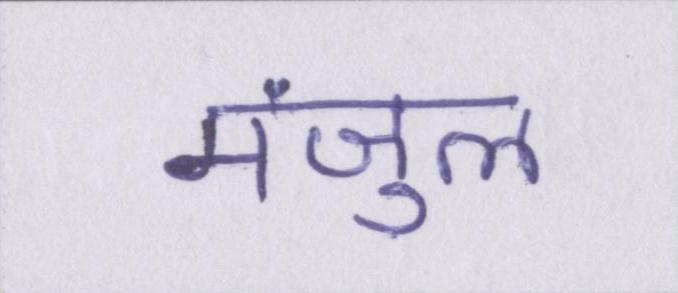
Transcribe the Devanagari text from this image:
मंजुल